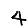
Digit: 4